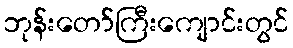
ဘုန်းတော်ကြီးကျောင်းတွင်